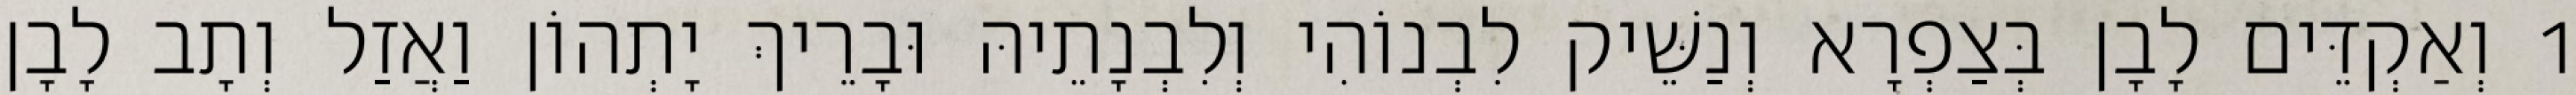
1 וְאַקְדֵּים לָבָן בְּצַפְרָא וְנַשֵּׁיק לִבְנוֹהִי וְלִבְנָתֵיהּ וּבָרֵיךְ יָתְהוֹן וַאֲזַל וְתָב לָבָן